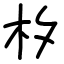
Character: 𣏐